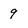
Character: 9